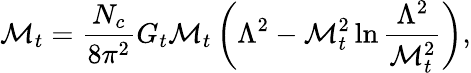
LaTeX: \mathcal{M}_{t}=\frac{{N_{c}}}{{8\pi^{2}}}G_{t}\mathcal{M}_{t}\left(\Lambda^{2}-\mathcal{M}_{t}^{2}\ln\frac{{\Lambda^{2}}}{{\mathcal{M}_{t}^{2}}}\right),